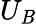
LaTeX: U_{\mathit{B}}